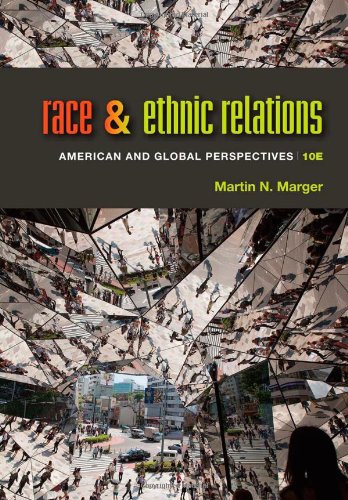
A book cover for Race and Ethnic Relations: American and Global Perspectives; Martin N. Marger; Politics & Social Sciences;